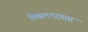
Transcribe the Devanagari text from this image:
चिखलदर्‍यास